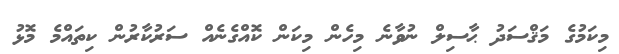
މިކަމުގެ މަޤްސަދު ޙާސިލް ނުވާނެ މިހެން މިކަން ކޮއްގެނެއް ސަރުކާރުން ކިތައްމެ މޮޅު